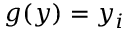
g ( y ) = y _ { i }